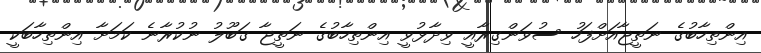
އިންތިހާބުގެ ނަތީޖާއަށްފަހު ސުވަންގިރާއީ ވިދާޅުވީ އިންތިހާބުގެ ނަތީޖާ ގަބޫލު ނުކުރާނެ ކަމަށާ އިންތިހާބަކީ